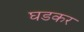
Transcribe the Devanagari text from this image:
घडकर